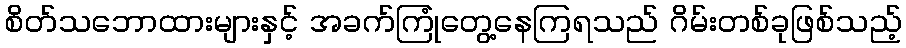
စိတ်သဘောထားများနှင့် အခက်ကြုံတွေ့နေကြရသည် ဂိမ်းတစ်ခုဖြစ်သည့်